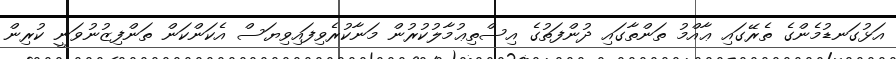
އަޅުގަނޑުމެންގެ ތެރޭގައި ޢާއްމު ތަންތާގައި ދުންފަތުގެ އިސްތިޢުމާލުކުރުން މަނާކުރެވިފައިވިޔަސް އެކަންކަން ތަންފިޒުނުވަނީ ކުރިން